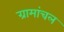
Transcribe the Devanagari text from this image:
ग्रामांचल